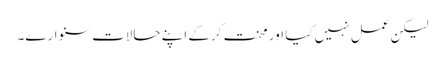
لیکن عمل نہیں کیا اور محنت کرکے اپنے حالات سنوارے۔